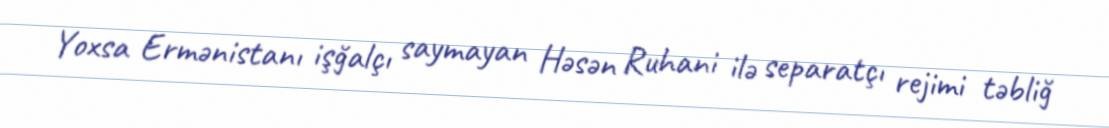
Yoxsa Ermənistanı işğalçı saymayan Həsən Ruhani ilə separatçı rejimi təbliğ